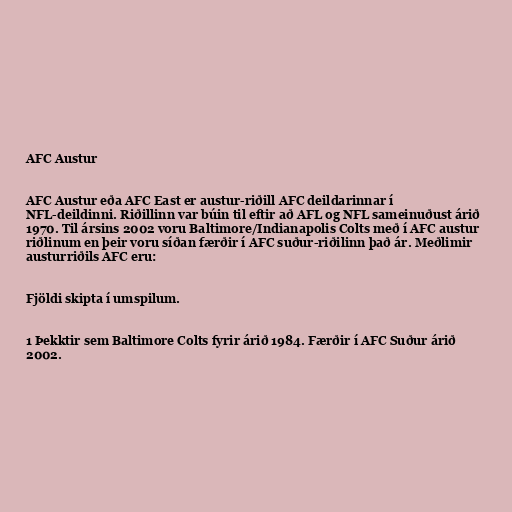
AFC Austur

AFC Austur eða AFC East er austur-riðill AFC deildarinnar í
NFL-deildinni. Riðillinn var búin til eftir að AFL og NFL sameinuðust árið
1970. Til ársins 2002 voru Baltimore/Indianapolis Colts með í AFC austur
riðlinum en þeir voru síðan færðir í AFC suður-riðilinn það ár. Meðlimir
austurriðils AFC eru:

Fjöldi skipta í umspilum.

1 Þekktir sem Baltimore Colts fyrir árið 1984. Færðir í AFC Suður árið
2002.